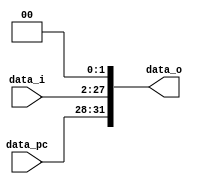
//Subject:      CO project 2 - Shift_Left_Two_32
//--------------------------------------------------------------------------------
//Version:     1
//--------------------------------------------------------------------------------
//Description: 
//--------------------------------------------------------------------------------

module Shift_Left_Two_Jump_32(
    data_i,
	data_pc,
    data_o
    );

//I/O ports                    
input [25:0] data_i;
input [3:0] data_pc;
output [32-1:0] data_o;

//shift left 2
reg[31:0] data_o;
reg[27:0] temp;
always@(data_i)
begin
	temp=data_i;
	data_o[31:28]<=data_pc;
	data_o[27:0]=(temp<<2);
end
endmodule